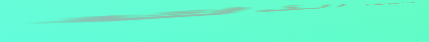
أحدث موديلات الهواتف الذك